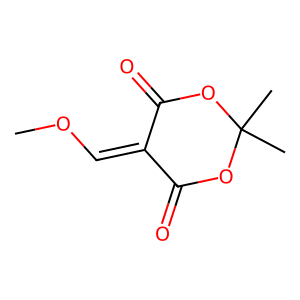
SMILES: COC=C1C(=O)OC(C)(C)OC1=O
Inhibits HIV replication: Yes